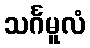
သင်္ဂမူလံ